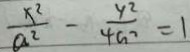
\frac { x ^ { 2 } } { a ^ { 2 } } - \frac { y ^ { 2 } } { 4 a ^ { 2 } } = 1